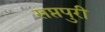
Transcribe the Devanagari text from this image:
सप्तपुरी